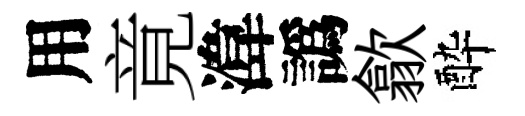
用竟湋譌歙酔